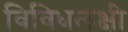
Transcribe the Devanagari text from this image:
विविधलक्षी